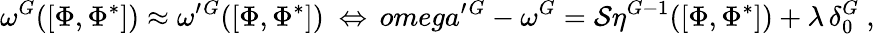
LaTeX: \omega^{G}([\Phi,\Phi^{*}])\approx\omega^{\prime}{}^{G}([\Phi,\Phi^{*}])\ \Leftrightarrow\, omega^{\prime}{}^{G}-\omega^{G}={\cal S}\eta^{G-1}([\Phi,\Phi^{*}])+\lambda\, \delta_{0}^{G}\ ,